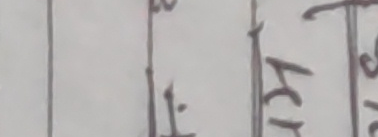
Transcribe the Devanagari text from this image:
कृषि